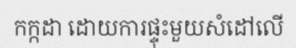
កក្កដា ដោយការផ្ទុះមួយសំដៅលើ